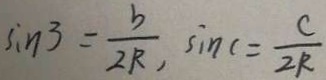
\sin 3 = \frac { b } { 2 R } , \sin c = \frac { c } { 2 R }